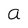
Character: a